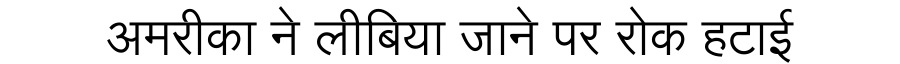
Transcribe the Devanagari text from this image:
अमरीका ने लीबिया जाने पर रोक हटाई